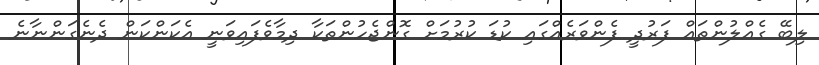
ލިބޭ ގެއްލުންތައް ފަރުދީ ފެންވަރެއްގައި ކުޑަ ކުރުމަށް ގޮންޖެހުންތަކާ ދިމާވެފައިވަނީ އެކަންކަން ދެނެގަންނާނެ